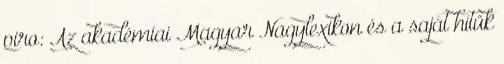
piro: Az akadémiai Magyar Nagylexikon és a saját hitük